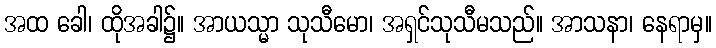
အထ ခေါ၊ ထိုအခါ၌။ အာယသ္မာ သုသီမော၊ အရှင်သုသီမသည်။ အာသနာ၊ နေရာမှ။